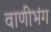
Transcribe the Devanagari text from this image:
वाणीभंग